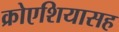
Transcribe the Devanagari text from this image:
क्रोएशियासह